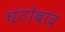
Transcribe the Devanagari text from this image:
घंटोबाद